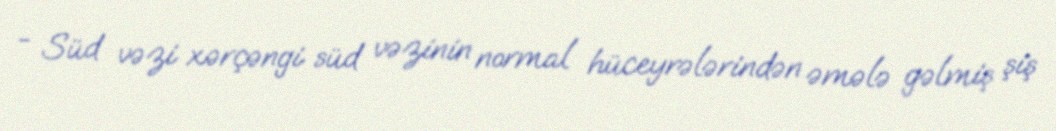
- Süd vəzi xərçəngi süd vəzinin normal hüceyrələrindən əmələ gəlmiş şiş